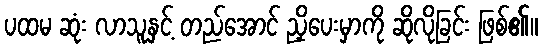
ပထမ ဆုံး လာသူနှင့် တည်အောင် ညှိပေးမှာကို ဆိုလိုခြင်း ဖြစ်၏။